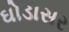
ઘોડાસર